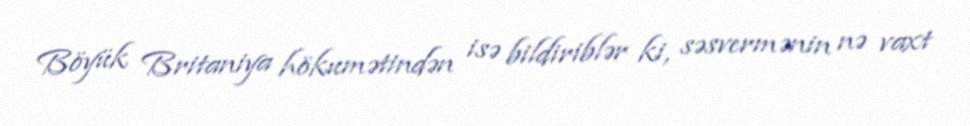
Böyük Britaniya hökumətindən isə bildiriblər ki, səsvermənin nə vaxt